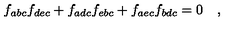
f _ { a b c } f _ { d e c } + f _ { a d c } f _ { e b c } + f _ { a e c } f _ { b d c } = 0 \quad ,